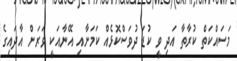
މަސައްކަތް ކުރާތާ އަދި ވީ ކުޑަ ދުވަސްކޮޅެއް ކަމަށާއި އޭނާއަކީ ވަރަށް އާދައިގެ